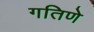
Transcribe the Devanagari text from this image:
गतिणे